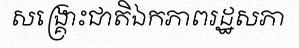
សង្គ្រោះជាតិឯកភាពរដ្ឋសភា